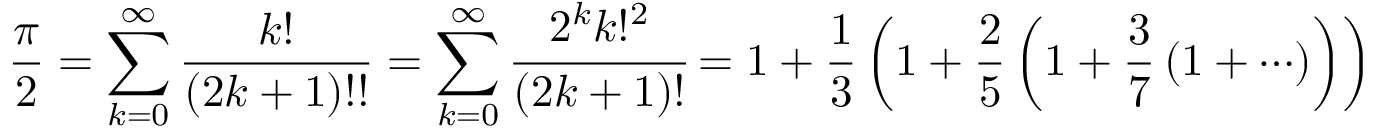
{ \frac { \pi } { 2 } } = \sum _ { k = 0 } ^ { \infty } { \frac { k ! } { ( 2 k + 1 ) ! ! } } = \sum _ { k = 0 } ^ { \infty } { \cfrac { 2 ^ { k } k ! ^ { 2 } } { ( 2 k + 1 ) ! } } = 1 + { \frac { 1 } { 3 } } \left( 1 + { \frac { 2 } { 5 } } \left( 1 + { \frac { 3 } { 7 } } \left( 1 + \cdots \right) \right) \right)